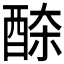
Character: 𨠹